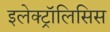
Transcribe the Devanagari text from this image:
इलेक्ट्रॉलिसिस